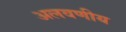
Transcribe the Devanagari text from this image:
अलवणीय